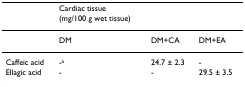
|  | Cardiac tissue(mg/100 g wet tissue) |  |  |
 | --- | --- | --- | --- |
 |  | DM | DM+CA | DM+EA |
 | Caffeic acid | -a | 24.7 ± 2.3 | - |
 | Ellagic acid | - | - | 29.5 ± 3.5 |